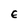
Character: E